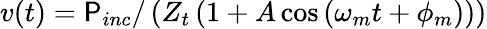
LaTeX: v(t)=\mathsf{P}_{inc}/\left(Z_{t}\left(1+A\cos\left(\omega_{m}t+\phi_{m}\right)\right)\right)